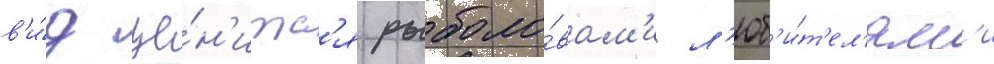
в'и́д це́н'итс'я рыболо́вам'и л'юб'и́т'ел'ям'и